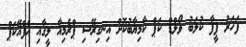
ފަހަރު ފީފާ ކުލަބު ވޯލްޑް ކަޕް ކާމިޔާބުކޮށް އިނގިރޭސި ޕްރެމިއާ ލީގާއި އެފްއޭކަޕް